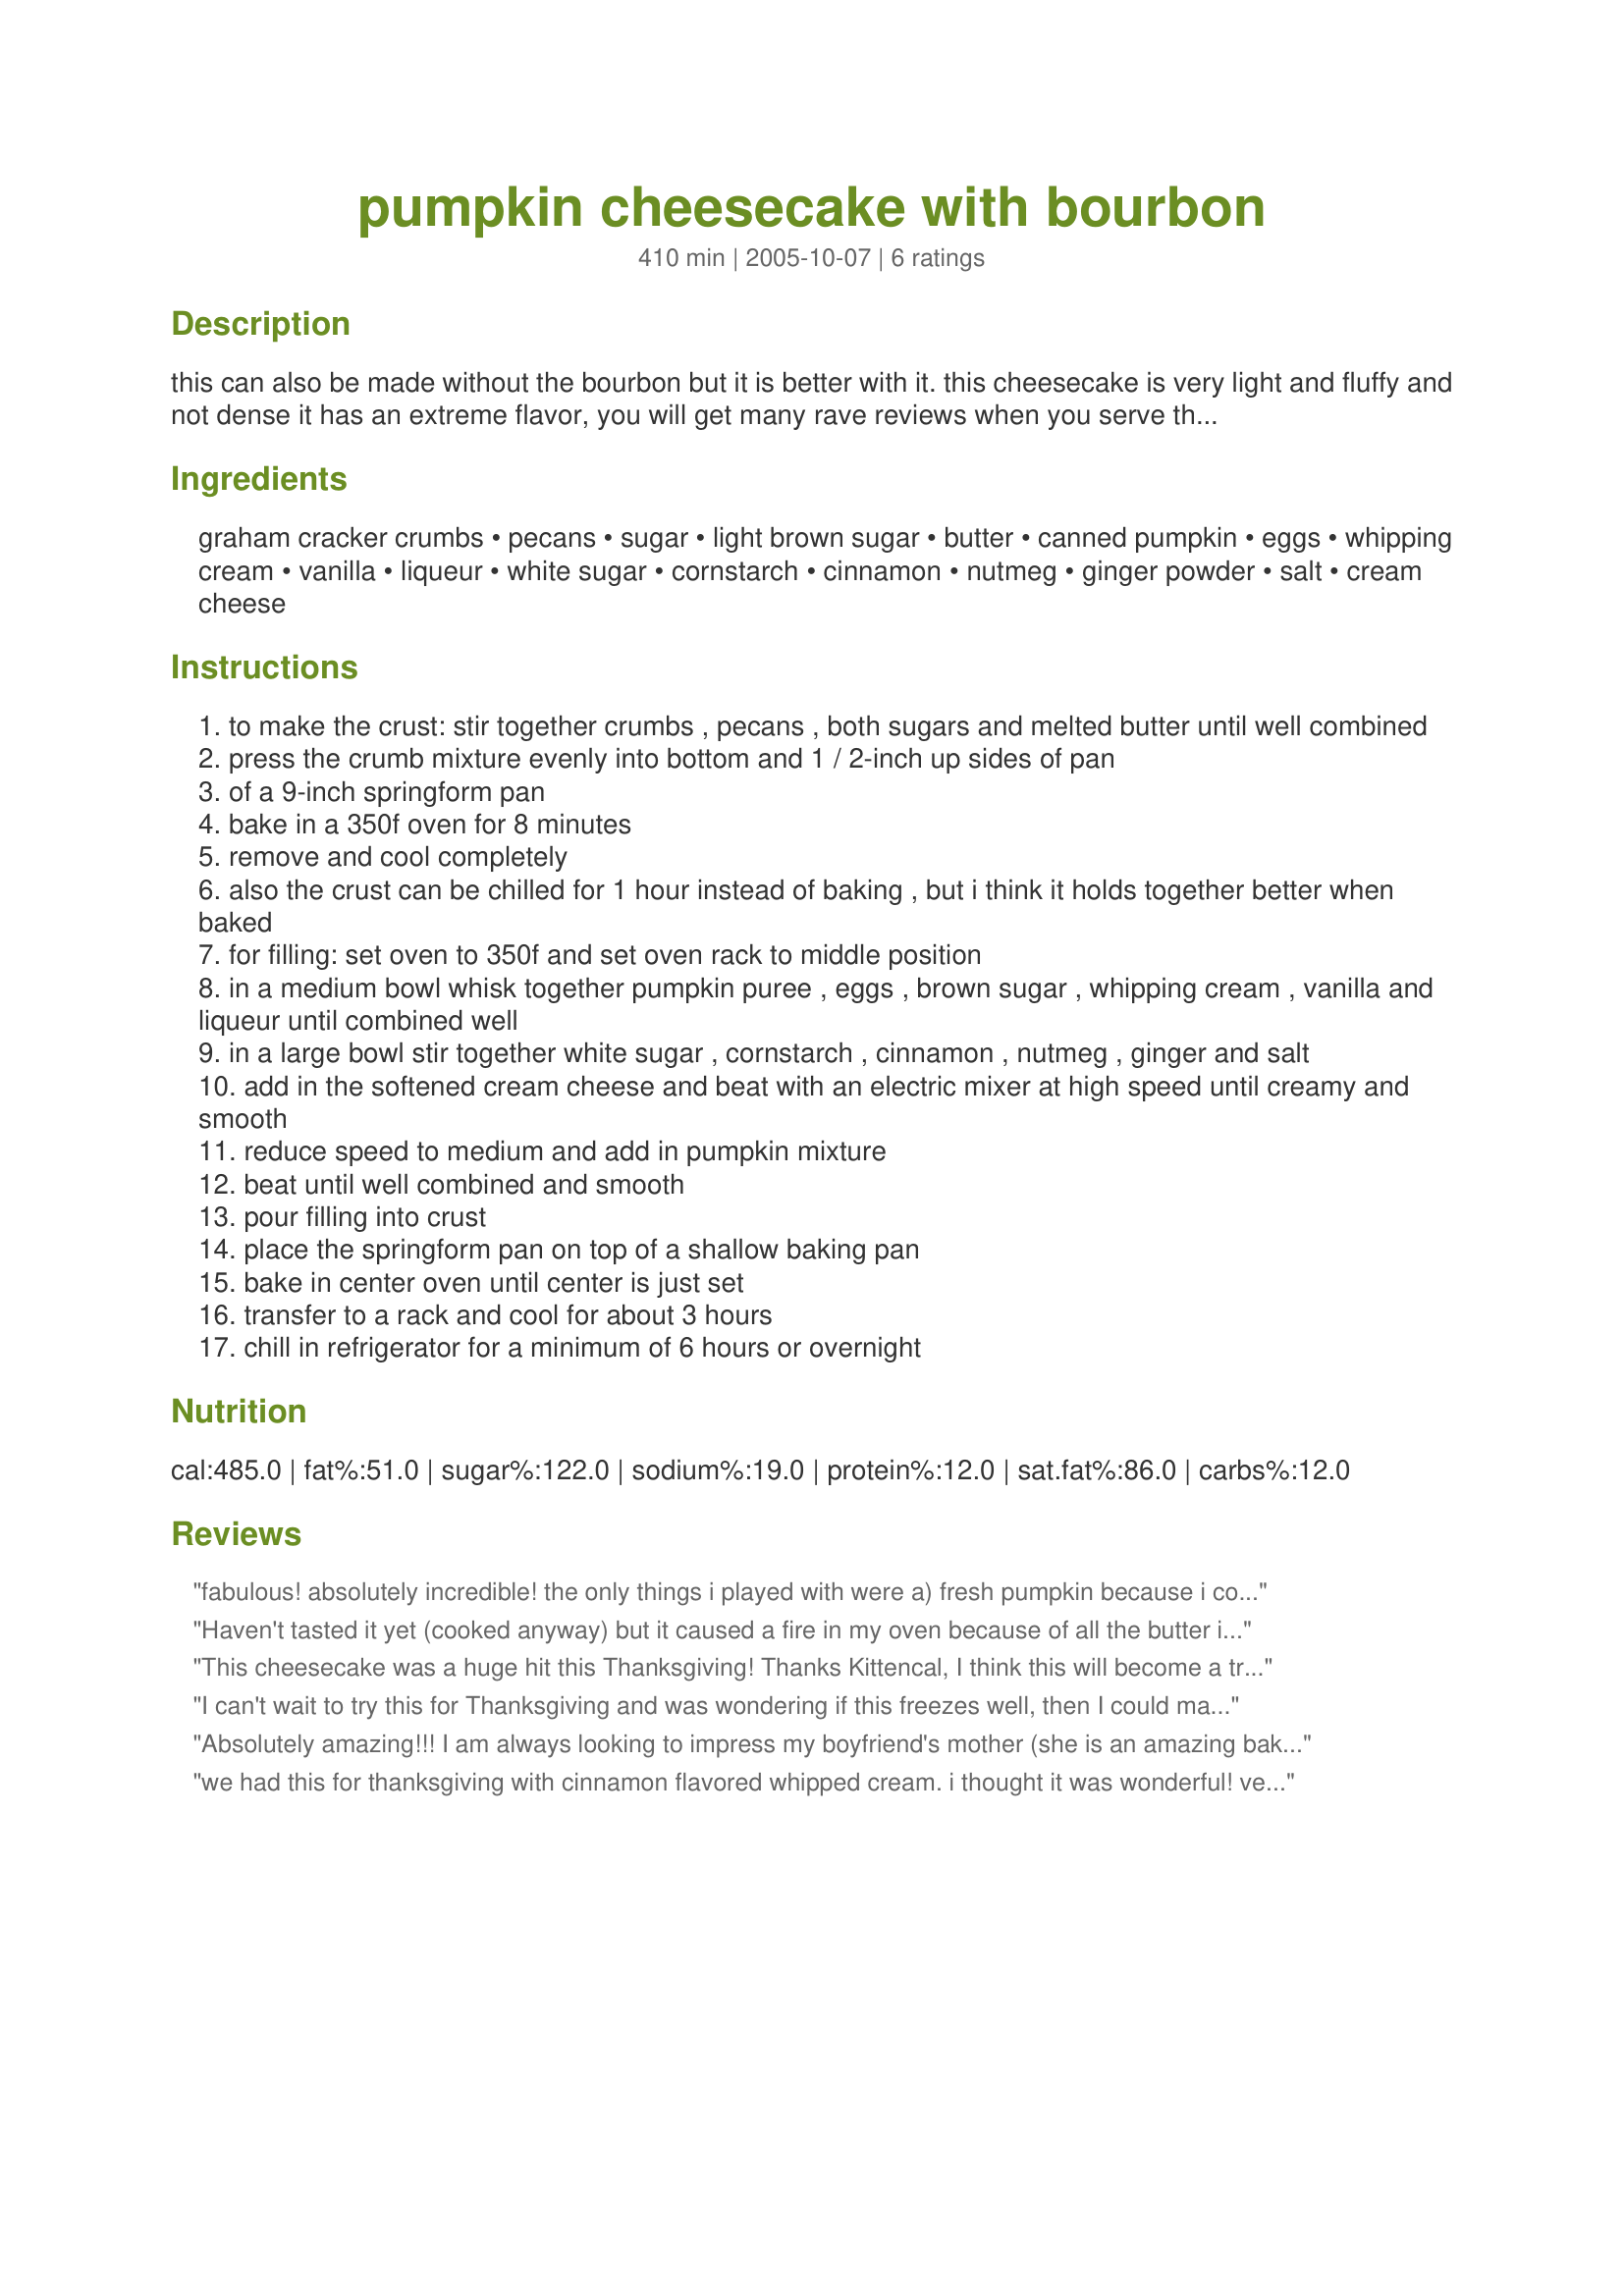
pumpkin cheesecake with bourbon
Preparation time: 410 minutes

this can also be made without the bourbon but it is better with it. this cheesecake is very light and fluffy and not dense it has an extreme flavor, you will get many rave reviews when you serve this at your next dinner. when serving on plate drizzle with caramel sauce or a dollop of whipped cream. this is an outstanding and easy to make cheesecake, one you will be proud to serve. if you like an extreme spice flavor increase the cinnamon, nutmeg and ginger by 1/2 teaspoon. just a hint... if you don't want to purchase a full bottle of bourbon, just purchase those little small about 1/3-cup bottles, the kind that they serve on airplanes, anywhere that wine or whiskey is sold, and use it for this recipe, it really kicks up the flavor big time! plan ahead or a day before this cheesecake needs to chill for a minimum of 6 hours or overnight. i lightly drizzle my caramel sauce over the cheesecake slices (recipe#78088) when serving on plates, or dollup with whipped cream.

Ingredients:
graham cracker crumbs, pecans, sugar, light brown sugar, butter, canned pumpkin, eggs, whipping cream, vanilla, liqueur, white sugar, cornstarch, cinnamon, nutmeg, ginger powder, salt, cream cheese

Steps:
to make the crust: stir together crumbs , pecans , both sugars and melted butter until well combined
press the crumb mixture evenly into bottom and 1 / 2-inch up sides of pan
of a 9-inch springform pan
bake in a 350f oven for 8 minutes
remove and cool completely
also the crust can be chilled for 1 hour instead of baking , but i think it holds together better when baked
for filling: set oven to 350f and set oven rack to middle position
in a medium bowl whisk together pumpkin puree , eggs , brown sugar , whipping cream , vanilla and liqueur until combined well
in a large bowl stir together white sugar , cornstarch , cinnamon , nutmeg , ginger and salt
add in the softened cream cheese and beat with an electric mixer at high speed until creamy and smooth
reduce speed to medium and add in pumpkin mixture
beat until well combined and smooth
pour filling into crust
place the springform pan on top of a shallow baking pan
bake in center oven until center is just set
transfer to a rack and cool for about 3 hours
chill in refrigerator for a minimum of 6 hours or overnight

Reviews:
fabulous! absolutely incredible! the only things i played with were a) fresh pumpkin because i could not find canned pumpkin here (germany) and b) a bit less sugar but otherwise, it is exact. (a friend in toronto had sent me graham crackers so this was also not a problem) it was a hit! my partner said it smelt a bit like lebkuchen (nürnberger gingerbread) while it was cooling and this was only the first sign that it was going to be good. we all adored it. so rich and creamy and yet not weighty as cheese cake can sometimes be. thank you kittencal so very much!
Haven't tasted it yet (cooked anyway) but it caused a fire in my oven because of all the butter in the crumbs! I followed directions and baked crust first but it came out soggy, should I have used less butter? maybe a 1/4 cup??
This cheesecake was a huge hit this Thanksgiving! Thanks Kittencal, I think this will become a tradition!
I can't wait to try this for Thanksgiving and was wondering if this freezes well, then I could make this cheesecake in advance. Lolly
Absolutely amazing!!! I am always looking to impress my boyfriend's mother (she is an amazing baker) and this knocked everyone's socks off. SO GOOD!! was the talk of christmas. the crust takes like a heath bar. Thanks Kittencal!!
we had this for thanksgiving with cinnamon flavored whipped cream. i thought it was wonderful! very rich, we cut it into sixteenths and that was plenty for me. i left out the white sugar in the crust to cut a bit of sugar and it still tasted wonderful. thank you for a great recipe!
